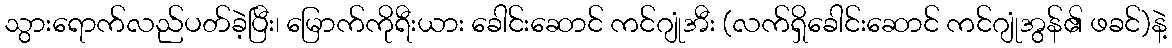
သွားရောက်လည်ပတ်ခဲ့ပြီး၊ မြောက်ကိုရီးယား ခေါင်းဆောင် ကင်ဂျုံအီး (လက်ရှိခေါင်းဆောင် ကင်ဂျုံအွန်၏ ဖခင်)နဲ့